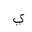
Letter: _ya